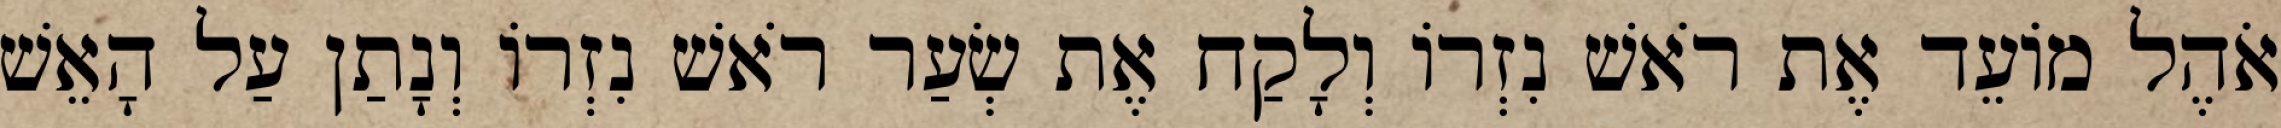
אֹהֶל מוֹעֵד אֶת רֹאשׁ נִזְרוֹ וְלָקַח אֶת שְׂעַר רֹאשׁ נִזְרוֹ וְנָתַן עַל הָאֵשׁ